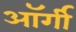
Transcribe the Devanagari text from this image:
ऑर्गी